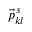
\vec { p } _ { k l } ^ { \, s }